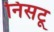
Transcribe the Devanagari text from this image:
निसटू